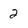
Character: 2